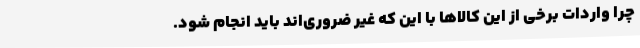
چرا واردات برخی از این کالاها با این که غیر ضروری‌اند باید انجام شود.